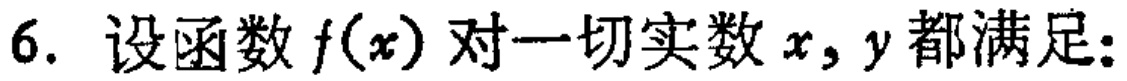
6. 设函数\(f(x)\)对一切实数\(x,y\)都满足: